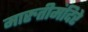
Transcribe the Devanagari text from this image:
मारुतीमंदिरे